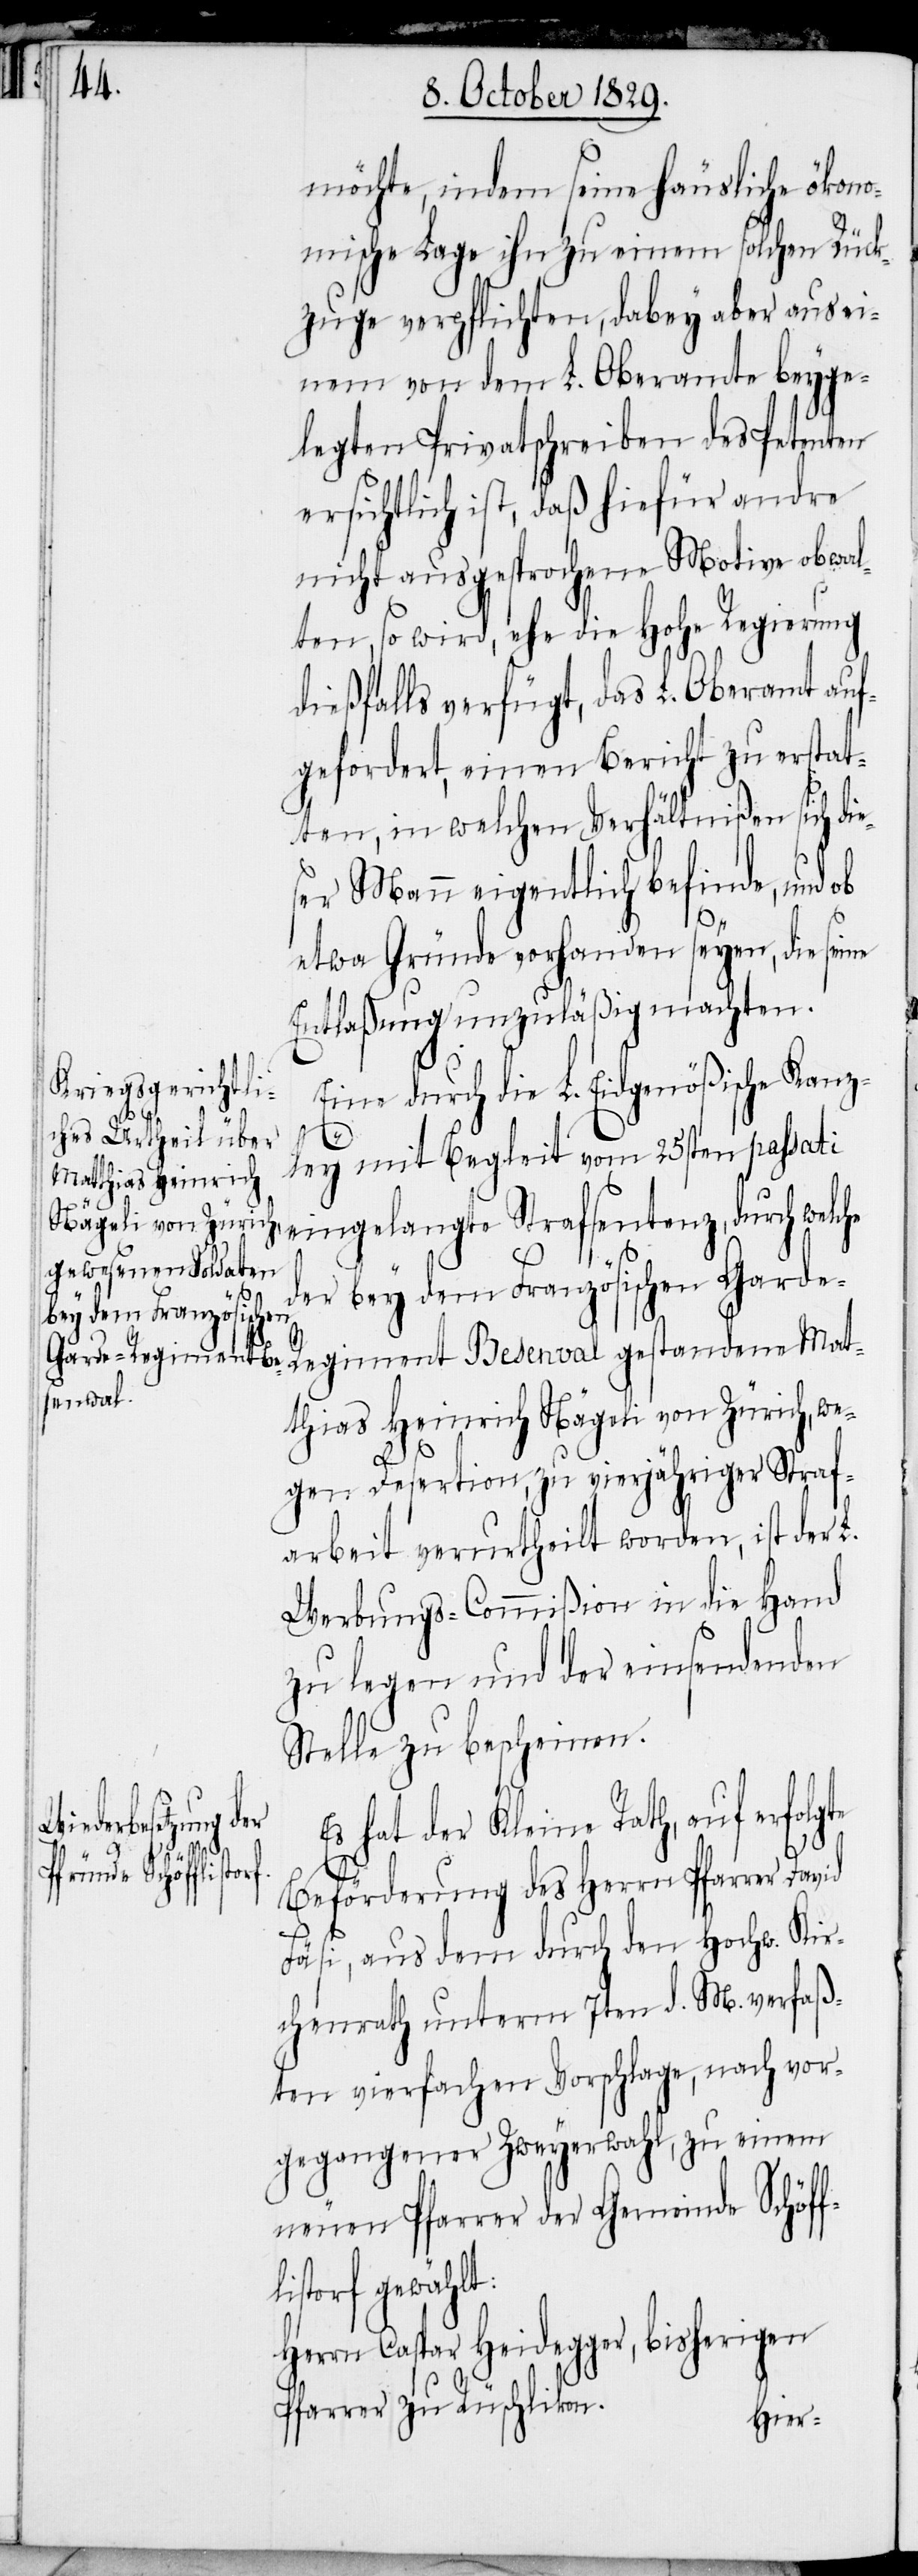
möchte, indem seine häusliche ökono¬
mische Lage ihn zu einem solchen Rück¬
zuge verpflichten, dabey aber aus ei¬
nem von dem L. Oberamte beyge¬
legten Privatschreiben des Petenten
ersichtlich ist, daß hiefür andre
nicht ausgesprochene Motive obwal¬
ten, so wird, ehe die Hohe Regierung
dießfalls verfügt, das L. Oberamt auf¬
gefordert, einen Bericht zu erstat¬
ten, in welchen Verhältnißen sich di¬
ser Mann eigentlich befinde, und ob
etwa Gründe vorhanden seyen, die seine
Entlaßung unzuläßig machten.
Eine durch die L. Eidgenößische Kanz¬
e¬
ley mit Begleit vom 25sten passati
bey dem Französischen
Garde-Regiment Besenval [sic!] gestandene Mat¬
thias Heinrich Nägeli von Zürich, we¬
gen Desertion, zu vierjähriger Straf¬
arbeit verurtheilt worden, ist der L.
Werbungs-Commißion in die Hand
zu legen und der einsendenden
Stelle zu bescheinen.
welche der
Es hat der Kleine Rath, auf erfolgte
Beförderung des Herrn Pfarrer David
Fäsi, aus dem durch den Hochw. Kir¬
chenrath unterm 7ten d. M. verfaß¬
ten vierfachen Vorschlage, nach vor¬
gegangener Zweyerwahl, zu einem
neuen Pfarrer der Gemeinde Schöff¬
istorf gewählt:
Heinrich Heidegger, bisherigen
Pfarrer zu Rüschlikon.
Herrn